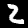
Digit: 2